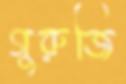
গুরুজি